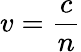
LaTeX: v={\frac{c}{n}}